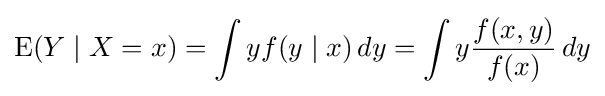
\operatorname {E} (Y\mid X=x)=\int yf(y\mid x)\,dy=\int y{\frac {f(x,y)}{f(x)}}\,dy